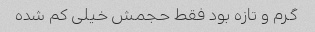
گرم و تازه بود فقط حجمش خیلی کم شده